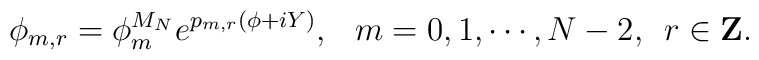
\phi_{m,r}=\phi^{M_N}_{m}e^{p_{m,r}(\phi+iY)}, \hskip3mm m=0,1,\cdots,N-2,\hskip2mm r\in{\bf Z}.